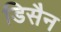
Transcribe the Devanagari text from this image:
डिसैन